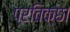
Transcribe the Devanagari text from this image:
प्रतिक्छा